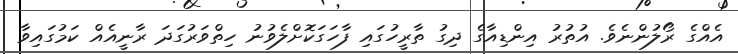
އެއްގެ ރޯލުންނެވެ. އުތުރު އިންޑިއާގެ ދިގު ތާރީހުގައި ފާހަގަކޮށްލެވުނު ހިތްވަރުގަދަ ރާނީއެއް ކަމުގައިވާ